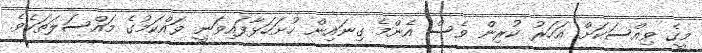
މީގެ ވިއްސަކަށް އަހަރު ކުރިން ވެސް އެންމެ ގިނައިން ހުށަހަޅާފައިވަނީ ވައްކަމުގެ މައްސަލަތަކެވެ.